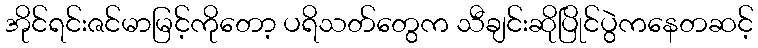
အိုင်ရင်းဇင်မာမြင့်ကိုတော့ ပရိသတ်တွေက သီချင်းဆိုပြိုင်ပွဲကနေတဆင့်